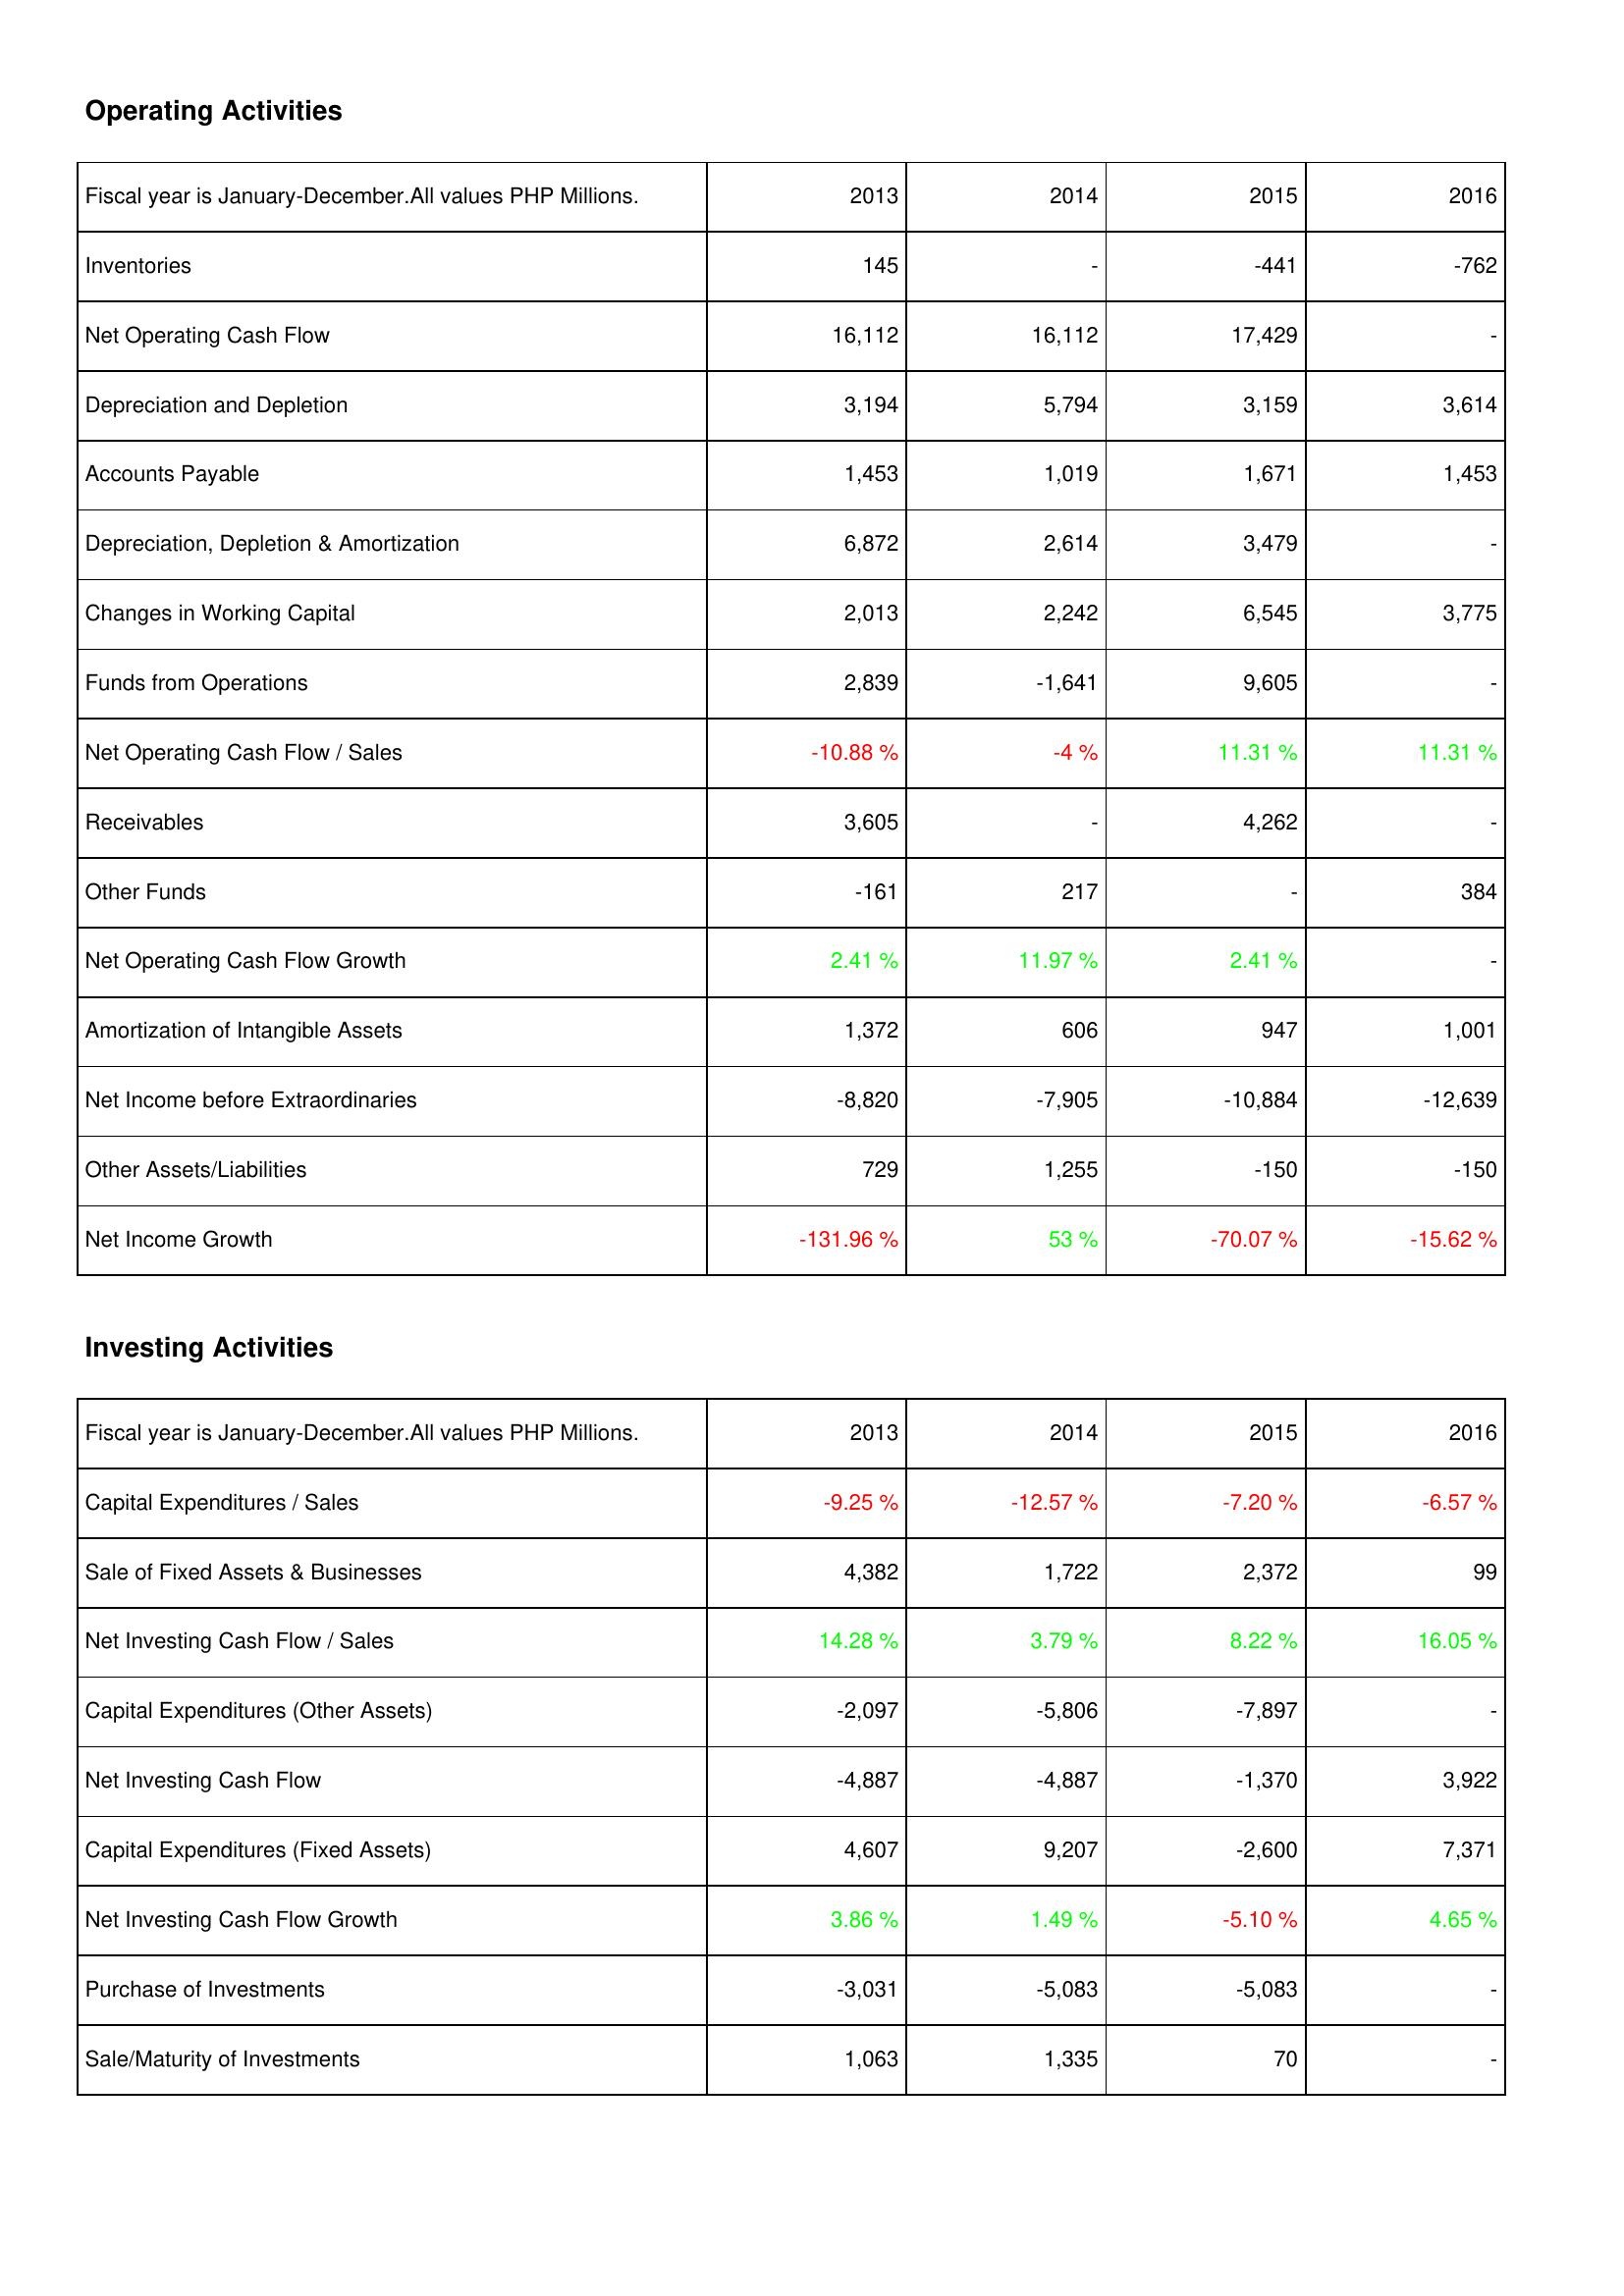
2013: Operating Activities: Inventories: 145
Net Operating Cash Flow: 16,112
Depreciation and Depletion: 3,194
Accounts Payable: 1,453
Depreciation, Depletion & Amortization: 6,872
Changes in Working Capital: 2,013
Funds from Operations: 2,839
Net Operating Cash Flow / Sales: -10.88 %
Receivables: 3,605
Other Funds: -161
Net Operating Cash Flow Growth: 2.41 %
Amortization of Intangible Assets: 1,372
Net Income before Extraordinaries: -8,820
Other Assets/Liabilities: 729
Net Income Growth: -131.96 %
Investing Activities: Capital Expenditures / Sales: -9.25 %
Sale of Fixed Assets & Businesses: 4,382
Net Investing Cash Flow / Sales: 14.28 %
Capital Expenditures (Other Assets): -2,097
Net Investing Cash Flow: -4,887
Capital Expenditures (Fixed Assets): 4,607
Net Investing Cash Flow Growth: 3.86 %
Purchase of Investments: -3,031
Sale/Maturity of Investments: 1,063
2014: Operating Activities: Inventories: -
Net Operating Cash Flow: 16,112
Depreciation and Depletion: 5,794
Accounts Payable: 1,019
Depreciation, Depletion & Amortization: 2,614
Changes in Working Capital: 2,242
Funds from Operations: -1,641
Net Operating Cash Flow / Sales: -4 %
Receivables: -
Other Funds: 217
Net Operating Cash Flow Growth: 11.97 %
Amortization of Intangible Assets: 606
Net Income before Extraordinaries: -7,905
Other Assets/Liabilities: 1,255
Net Income Growth: 53 %
Investing Activities: Capital Expenditures / Sales: -12.57 %
Sale of Fixed Assets & Businesses: 1,722
Net Investing Cash Flow / Sales: 3.79 %
Capital Expenditures (Other Assets): -5,806
Net Investing Cash Flow: -4,887
Capital Expenditures (Fixed Assets): 9,207
Net Investing Cash Flow Growth: 1.49 %
Purchase of Investments: -5,083
Sale/Maturity of Investments: 1,335
2015: Operating Activities: Inventories: -441
Net Operating Cash Flow: 17,429
Depreciation and Depletion: 3,159
Accounts Payable: 1,671
Depreciation, Depletion & Amortization: 3,479
Changes in Working Capital: 6,545
Funds from Operations: 9,605
Net Operating Cash Flow / Sales: 11.31 %
Receivables: 4,262
Other Funds: -
Net Operating Cash Flow Growth: 2.41 %
Amortization of Intangible Assets: 947
Net Income before Extraordinaries: -10,884
Other Assets/Liabilities: -150
Net Income Growth: -70.07 %
Investing Activities: Capital Expenditures / Sales: -7.20 %
Sale of Fixed Assets & Businesses: 2,372
Net Investing Cash Flow / Sales: 8.22 %
Capital Expenditures (Other Assets): -7,897
Net Investing Cash Flow: -1,370
Capital Expenditures (Fixed Assets): -2,600
Net Investing Cash Flow Growth: -5.10 %
Purchase of Investments: -5,083
Sale/Maturity of Investments: 70
2016: Operating Activities: Inventories: -762
Net Operating Cash Flow: -
Depreciation and Depletion: 3,614
Accounts Payable: 1,453
Depreciation, Depletion & Amortization: -
Changes in Working Capital: 3,775
Funds from Operations: -
Net Operating Cash Flow / Sales: 11.31 %
Receivables: -
Other Funds: 384
Net Operating Cash Flow Growth: -
Amortization of Intangible Assets: 1,001
Net Income before Extraordinaries: -12,639
Other Assets/Liabilities: -150
Net Income Growth: -15.62 %
Investing Activities: Capital Expenditures / Sales: -6.57 %
Sale of Fixed Assets & Businesses: 99
Net Investing Cash Flow / Sales: 16.05 %
Capital Expenditures (Other Assets): -
Net Investing Cash Flow: 3,922
Capital Expenditures (Fixed Assets): 7,371
Net Investing Cash Flow Growth: 4.65 %
Purchase of Investments: -
Sale/Maturity of Investments: -